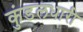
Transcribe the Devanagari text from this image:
कुंडलधारी